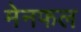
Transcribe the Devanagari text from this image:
मेनफल